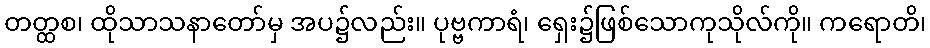
တတ္ထစ၊ ထိုသာသနာတော်မှ အပ၌လည်း။ ပုဗ္ဗကာရံ၊ ရှေး၌ဖြစ်သောကုသိုလ်ကို။ ကရောတိ၊